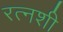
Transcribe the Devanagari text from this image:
रत्नशी